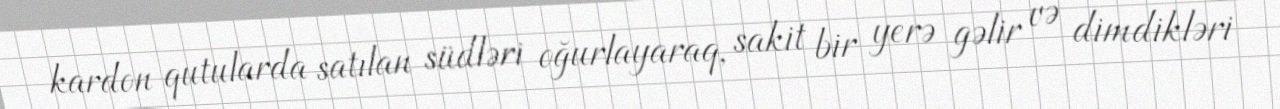
kardon qutularda satılan südləri oğurlayaraq, sakit bir yerə gəlir və dimdikləri